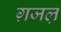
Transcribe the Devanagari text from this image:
ग़जल़